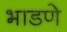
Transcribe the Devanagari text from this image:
भाडणे